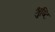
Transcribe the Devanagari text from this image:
श्रुष्टि